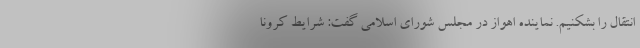
انتقال را بشکنیم. نماینده اهواز در مجلس شورای اسلامی گفت: شرایط کرونا